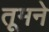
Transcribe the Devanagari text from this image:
तूमने